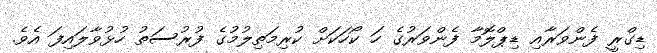
ޑިގްރީ ފެންވަރާއި ޑިޕްލޮމާ ފެންވަރުގެ ހަ ކޯހަކަށް ކުރިމަތިލުމުގެ ފުރުސަތު ހުޅުވާލައިފަ އެވެ.